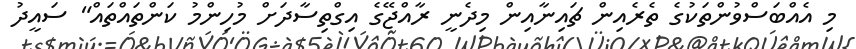
މި އެއްބަސްވުންތަކުގެ ތެރެއިން ޗައިނާއިން މިދެނީ ރާއްޖޭގެ އިގްތިސާދަށް މުހިންމު ކަންތައްތައް" ސައީދު